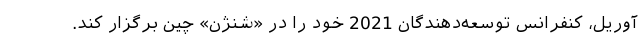
آوریل، کنفرانس توسعه‌دهندگان 2021 خود را در «شنژن» چین برگزار کند.